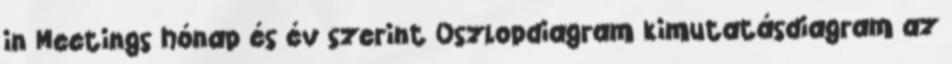
in Meetings hónap és év szerint Oszlopdiagram kimutatásdiagram az